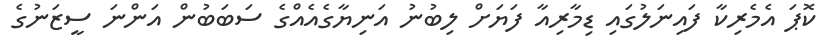
ކޮޕަ އެމެރިކާ ފައިނަލުގައި ޑިމާރިއާ ފަޔަށް ލިބުނު އަނިޔާގެއެއްގެ ސަބަބުން އަންނަ ސީޒަނުގެ